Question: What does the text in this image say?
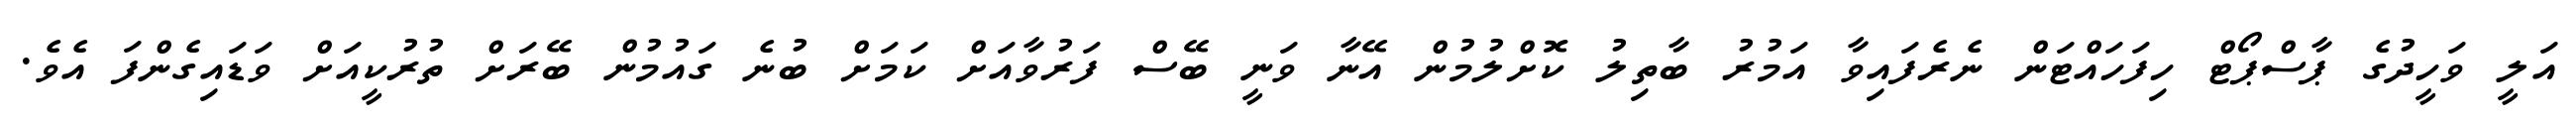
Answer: އަލީ ވަހީދުގެ ޕާސްޕޯޓް ހިފަހައްޓަން ނެރެފައިވާ އަމުރު ބާތިލު ކޮށްލުމުން އޭނާ ވަނީ ބޭސް ފަރުވާއަށް ކަމަށް ބުނެ ގައުމުން ބޭރަށް ތުރުކީއަށް ވަޑައިގެންފަ އެވެ.